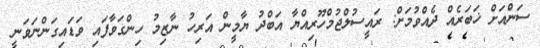
ސަންއަށް ޚަބަރެއް ދެއްވުމަށް: ރައީސުލްޖުމްހޫރިއްޔާ އަބްދު ޔާމީން އަރިހު ނާޒިމު ހިންގަވާފައި ވަޑައިގަންނަވަނީ